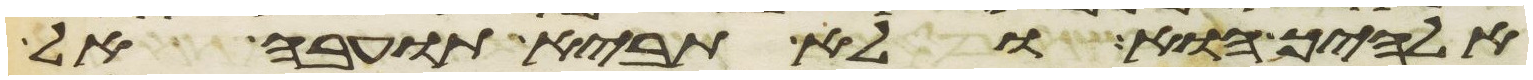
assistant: אלהיך הוא ולא תביא תועבה אל